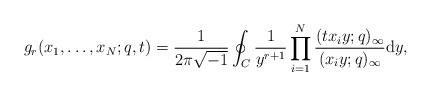
LaTeX: \begin{gather*}g_r(x_1, \dots, x_N; q, t) = \frac{1}{2\pi\sqrt{-1}}\oint_C{\frac{1}{y^{r+1}}\prod_{i=1}^N{\frac{(tx_iy; q)_{\infty}}{(x_iy; q)_{\infty}}{\rm d}y}},\end{gather*}